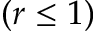
( r \leq 1 )